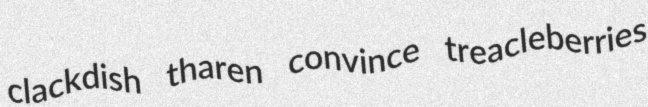
clackdish tharen convince treacleberries